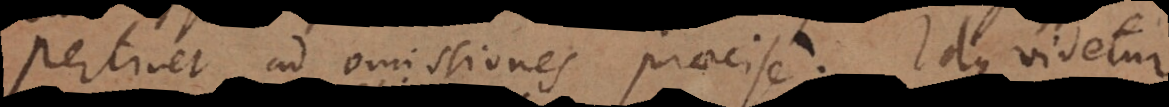
Pertinet ad omissiones praecise. Idque videtur